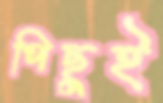
পিছুই